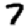
Digit: 7